Insane asylums in Bengal annual reports 1867-1875 - 1867-1875
Year: 1867
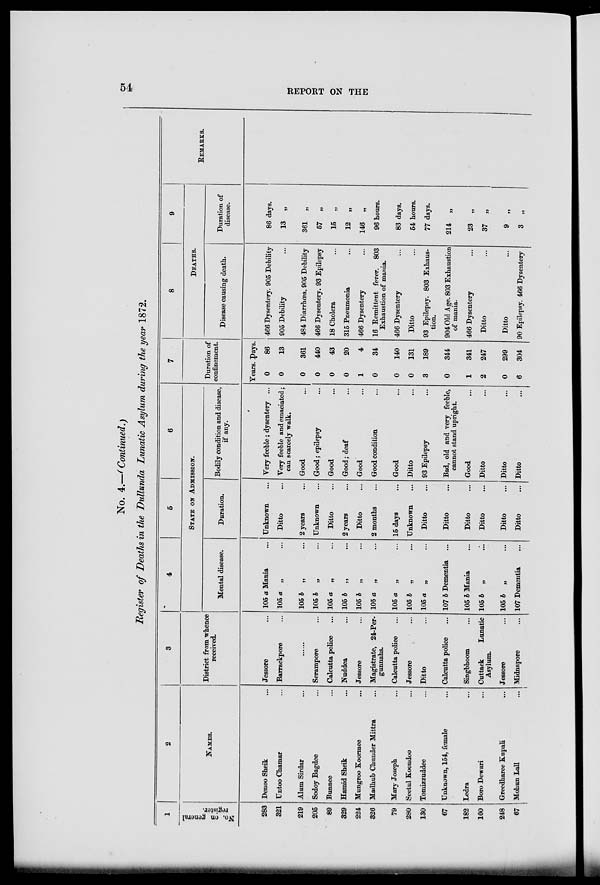
54
REPORT ON THE
No. 4.—(Continued.)
Register of Deaths in the Dullunda Lunatic Asylum during the year 1872.
1
No. on general
register.
283
321
219
205
89
329
224
326
79
280
130
67
182
160
248
67
2
NAMES.
Denoo Sheik ...
Untoo Chamar ...
Alum Sirdar ...
Sodoy Bagdee ...
Bunnee ...
Hamid Sheik ...
Mungroo Koormee ...
Madhub Chunder Mittra ...
Mary Joseph ...
Seetul Koondoo ...
Tomizzuddee ...
Unknown, 154, female ...
Ledra ...
Boro Dewari ...
Greedharee Kupali ...
Mohun Lall ...
3
District from whence
received.
Jessore ...
Barrackpore ...
......
Serampore ...
Calcutta police ...
Nuddea ...
Jessore ...
Magistrate, 24-Per-
gunnahs.
Calcutta police ...
Jessore ...
Ditto ...
Calcutta police ...
Singbhoom ...
Cuttack
Lunatic
Asylum.
Jessore ...
Midnapore ...
4
5
6
STATE ON ADMISSION.
Mental disease.
105 a Mania ...
105 a „ ...
105 b „ ...
105 b „ ...
105 a „ ...
105 b „ ...
105 b „ ...
105 a „ ...
105 a „ ...
105 b „ ...
105 a „ ...
107 b Dementia ...
105 b Mania ...
105 b „ ...
105 b „ ...
107 Dementia ...
Duration.
Unknown ...
Ditto ...
2 years ...
Unknown ...
Ditto ...
2 years ...
Ditto ...
2 months ...
15 days ...
Unknown ...
Ditto ...
Ditto ...
Ditto ...
Ditto ...
Ditto ...
Ditto ...
Bodily condition and disease,
if any.
Very feeble ; dysentery ...
Very feeble and emaciated;
can scarcely walk.
Good ...
Good; epilepsy ...
Good ...
Good; deaf ...
Good ...
Good condition ...
Good ...
Ditto ...
93 Epilepsy ...
Bad, old and very feeble,
cannot stand upright.
Good ...
Ditto ...
Ditto ...
Ditto ...
7
Duration of
confinement.
Years.
0
0
0
0
0
0
1
0
0
0
3
0
1
2
0
6
Days.
86
13
361
440
43
20
4
34
140
131
189
344
341
247
299
304
8
9
DEATHS.
Disease causing death.
466 Dysentery. 905 Debility
905 Debility ...
484 Diarrhœa, 905 Debility
466 Dysentery. 93 Epilepsy
18 Cholera ...
315 Fneumonia ...
466 Dysentery ...
16 Remittent fever. 803
Exhaustion of mania.
466 Dysentery ...
Ditto ...
93 Epilepsy. 803 Exhaus-
tion.
904 Old Age. 803 Exhaustion
of mania.
466 Dysentery ...
Ditto ...
Ditto ...
90 Epilepsy. 466 Dysentery
Duration of
disease.
86 days.
13 „
361 „
57 „
15
„
12 „
146 „
96 hours.
83 days.
54 hours.
77 days.
214 „
23 „
37
„
9 „
3 „
REMARKS.